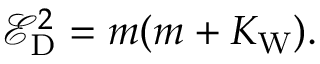
\mathcal { E } _ { \mathrm { D } } ^ { 2 } = m ( m + K _ { \mathrm { W } } ) .